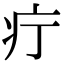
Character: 疔